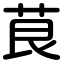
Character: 茛